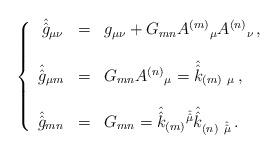
LaTeX: \begin{align*}\left\{\begin{array}{rcl}\hat{\hat{g}}_{\mu\nu} & = & g_{\mu\nu} +G_{mn} A^{(m)}{}_{\mu}A^{(n)}{}_{\nu}\, ,\\& & \\\hat{\hat{g}}_{\mu m} & = & G_{mn}A^{(n)}{}_{\mu} =\hat{\hat{k}}_{(m)\ \mu}\, ,\\& & \\\hat{\hat{g}}_{mn} & = & G_{mn} =\hat{\hat{k}}_{(m)}{}^{\hat{\hat{\mu}}}\hat{\hat{k}}_{(n)\ \hat{\hat{\mu}}}\, .\\\end{array}\right.\end{align*}